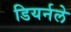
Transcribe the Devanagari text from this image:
डियर्नले